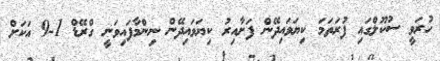
ހުރަވީ ސުކޫލްގައި ފުރަތަމަ ކިޔަވައިދޭން ފަށާއިރު ކިޔަވައިދޭން ނިންމާފައިވަނީ ގްރޭޑް 1-9 އަކަށް